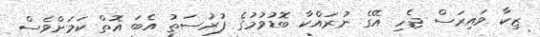
ޒިކާ ވައިރަސް ޖެހި އޭގެ ނުރައްކާ ބޮޑުވުމުގެ ފުރުސަތު އެބަ އޮތް ކަމަށްވެސް